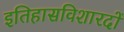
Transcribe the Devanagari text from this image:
इतिहासविशारदों